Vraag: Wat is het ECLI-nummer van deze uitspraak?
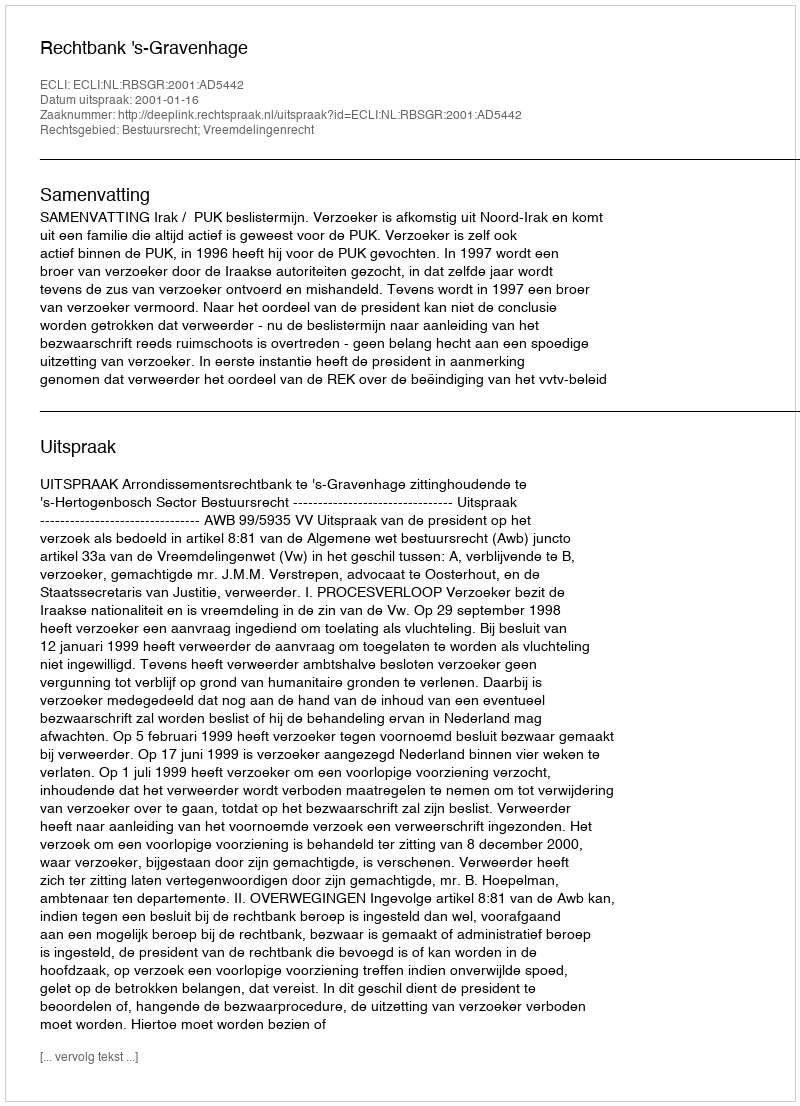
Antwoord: ECLI:NL:RBSGR:2001:AD5442